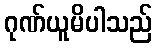
ဂုဏ်ယူမိပါသည်